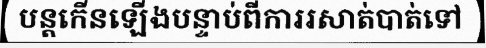
បន្តកើនឡើងបន្ទាប់ពីការរសាត់បាត់ទៅ